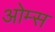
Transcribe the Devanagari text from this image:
ओम्स